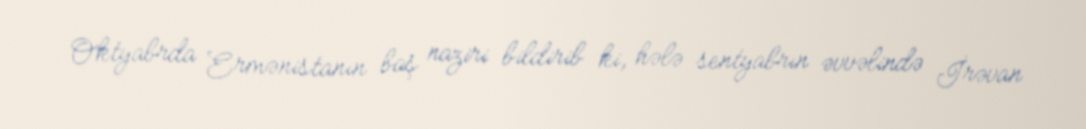
Oktyabrda Ermənistanın baş naziri bildirib ki, hələ sentyabrın əvvəlində İrəvan